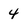
Character: 4